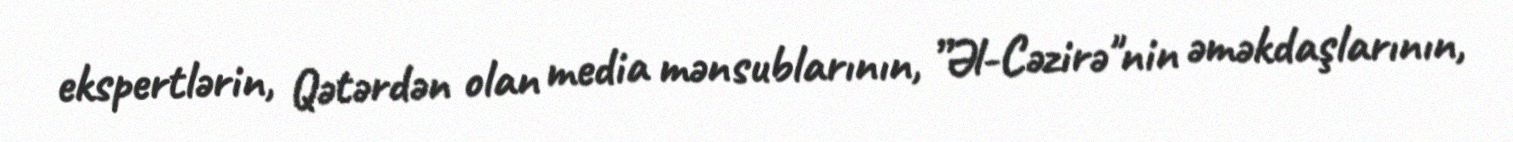
ekspertlərin, Qətərdən olan media mənsublarının, ”Əl-Cəzirə"nin əməkdaşlarının,